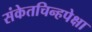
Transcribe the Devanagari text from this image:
संकेतचिन्हपेक्षा